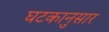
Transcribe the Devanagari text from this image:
घटकानुसार